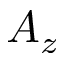
A _ { z }